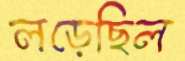
লড়েছিল